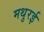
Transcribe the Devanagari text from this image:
मथुरई